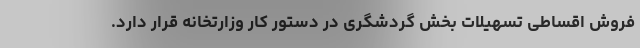
فروش اقساطی تسهیلات بخش گردشگری در دستور کار وزارتخانه قرار دارد.